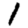
Digit: 1